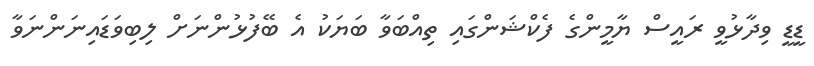
ޑީޑީ ވިދާޅުވީ ރައީސް ޔާމީންގެ ފެކްޝަންގައި ތިއްބަވާ ބަޔަކު އެ ބޭފުޅުންނަށް ލިބިވަޑައިނަންނަވާ